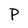
Character: P